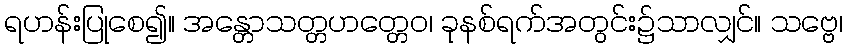
ရဟန်းပြုစေ၍။ အန္တောသတ္တဟတ္တေဝ၊ ခုနစ်ရက်အတွင်း၌သာလျှင်။ သဗ္ဗေ၊